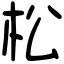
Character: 松